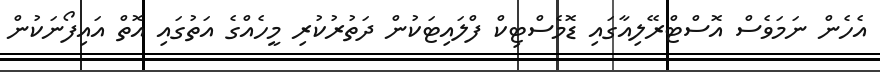
އެހެން ނަމަވެސް އޮސްޓްރޭލިއާގައި ޑޮމެސްޓިކް ފްލައިޓަކުން ދަތުރުކުރި މީހެއްގެ އަތުގައި އޮތް އައިފޯނަކުން